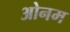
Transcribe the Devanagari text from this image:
ओनम